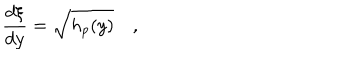
LaTeX: { \frac { d \xi } { d y } } = \sqrt { h _ { p } ( y ) } \quad ,